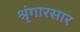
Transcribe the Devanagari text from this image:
श्रृंगारसार